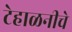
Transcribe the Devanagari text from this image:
टेहाळनीचे